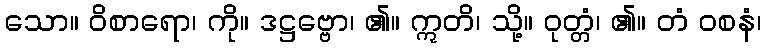
သော။ ဝိစာရော၊ ကို။ ဒဋ္ဌဗ္ဗော၊ ၏။ ဣတိ၊ သို့။ ဝုတ္တံ၊ ၏။ တံ ဝစနံ၊